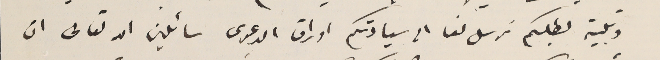
وتلبية لطلبكم نرسل لنا الى سيادتكم اوراق الدعوى سائلين الله تعالى ان